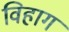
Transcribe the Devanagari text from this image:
विहाग